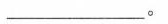
\underline。